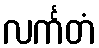
လင်္ကတံ